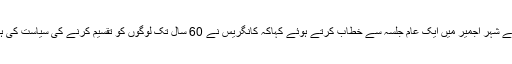
مسٹر مودی نے راجستھان کے شہر اجمیر میں ایک عام جلسہ سے خطاب کرتے ہوئے کہاکہ کانگریس نے 60 سال تک لوگوں کو تقسیم کرنے کی سیاست کی ہے جو ہمیں منظور نہیں ہے۔